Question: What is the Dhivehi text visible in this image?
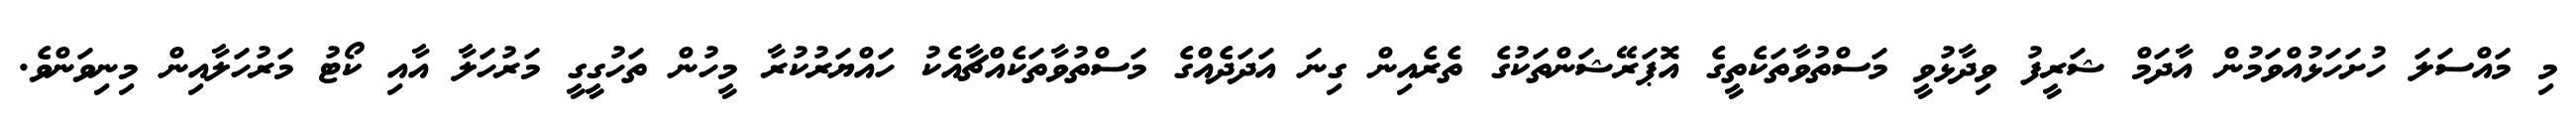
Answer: މި މައްސަލަ ހުށަހަޅުއްވަމުން އާދަމް ޝަރީފު ވިދާޅުވީ މަސްތުވާތަކެތީގެ އޮޕަރޭޝަންތަކުގެ ތެރެއިން ގިނަ އަދަދެއްގެ މަސްތުވާތަކެއްޗާއެކު ހައްޔަރުކުރާ މީހުން ތަހުގީގީ މަރުހަލާ އާއި ކޯޓު މަރުހަލާއިން މިނިވަންވެ.